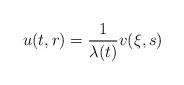
LaTeX: \begin{align*} u(t,r)=\frac{1}{\lambda(t)}v(\xi,s)\end{align*}